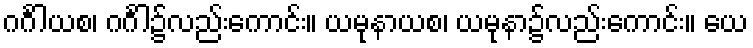
ဂင်္ဂါယစ၊ ဂင်္ဂါ၌လည်းကောင်း။ ယမုနာယစ၊ ယမုနာ၌လည်းကောင်း။ ယေ